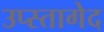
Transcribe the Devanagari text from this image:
उप्स्तागेद